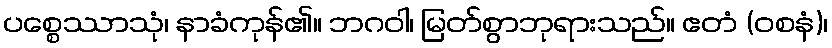
ပစ္စေဿာသုံ၊ နာခံကုန်၏။ ဘဂဝါ၊ မြတ်စွာဘုရားသည်။ ဧတံ (ဝစနံ)၊